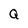
Character: Q